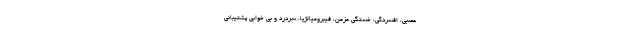
عصبی، افسردگی، خستگی مزمن، فیبرومیالژیا، سردرد و بی خوابی پشتیبانی